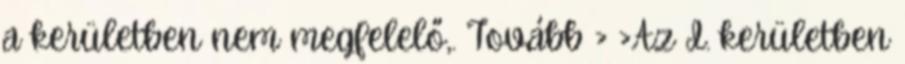
a kerületben nem megfelelő,. Tovább › ›Az I. kerületben